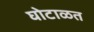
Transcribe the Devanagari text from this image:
घोटाळत